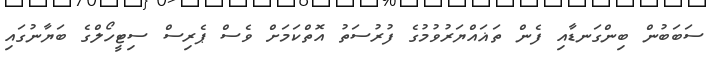
ސަބަބުން ބިންގަނޑާއި ފެން ތަޣައްޔަރުވުމުގެ ފުރުސަތު އޮތްކަމަށް ވެސް ޕެރިސް ސިޓީހޯލްގެ ބަޔާނުގައި